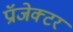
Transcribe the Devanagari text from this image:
प्रॉजेक्टर